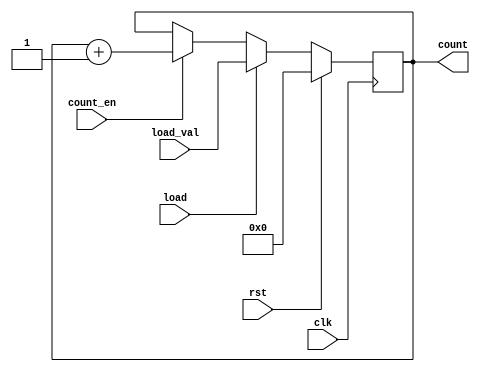
module Synchronous_Load_Counter (
    input wire clk,              // Clock input
    input wire rst,              // Synchronous reset
    input wire load,             // Load control signal
    input wire [7:0] load_val,   // Value to load into the counter
    input wire count_en,         // Count enable signal
    output reg [7:0] count       // Current value of the counter
);

    // Counter behavior
    always @(posedge clk) begin
        if (rst) begin
            count <= 8'b0;         // Reset the counter to 0
        end else if (load) begin
            count <= load_val;     // Load the specified value
        end else if (count_en) begin
            count <= count + 1;    // Increment the counter
        end
        // If count_en is low, the counter holds its value
    end

endmodule